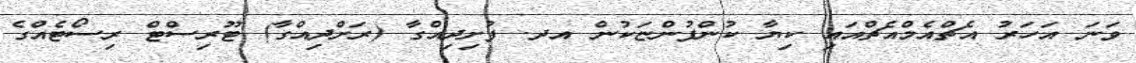
ވަނަ އަހަރު އެޗްއެމްއެޗްއައި ކިޔާ ކުންފުންޏަކުން އދ. ފުށިދިއްގާ (ރަށްދިއްގާ) ޓޫރިސްޓް ރިސޯޓެއްގެ